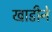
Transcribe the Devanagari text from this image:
खाडीने